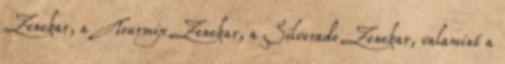
Zenekar, a Tourmix Zenekar, a Silverado Zenekar, valamint a